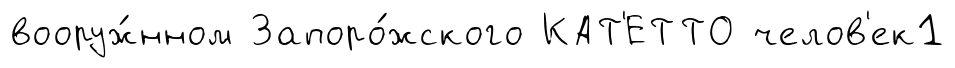
вооруж́нном Запоро́жского КАТ'ЕТТО челов'ек1